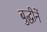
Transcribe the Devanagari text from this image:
बुद्धीनें